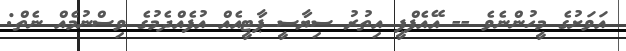
އަވަށުގެ މީހުންނެވެ -- އޭއެފްޕީ އިތުރު ސިޔާސީ ޕާޓީއެއް އުފެއްދެމުގެ ވިސްނުމެއް ނެތް: